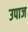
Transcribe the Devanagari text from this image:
उपाज